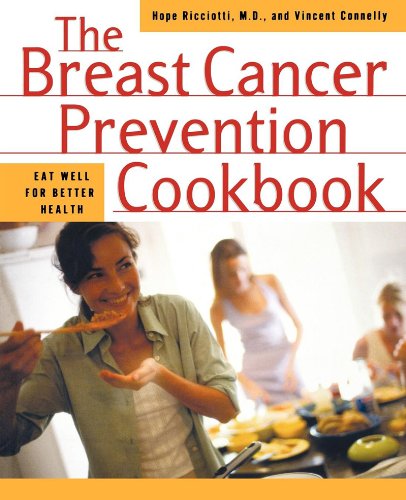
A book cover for The Breast Cancer Prevention Cookbook; Hope Ricciotti; Cookbooks, Food & Wine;